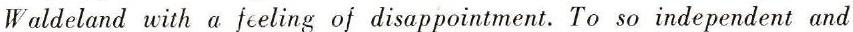
Waldeland with a feeling of disappointment. To so independent and